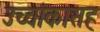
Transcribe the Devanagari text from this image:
उच्चांकासह